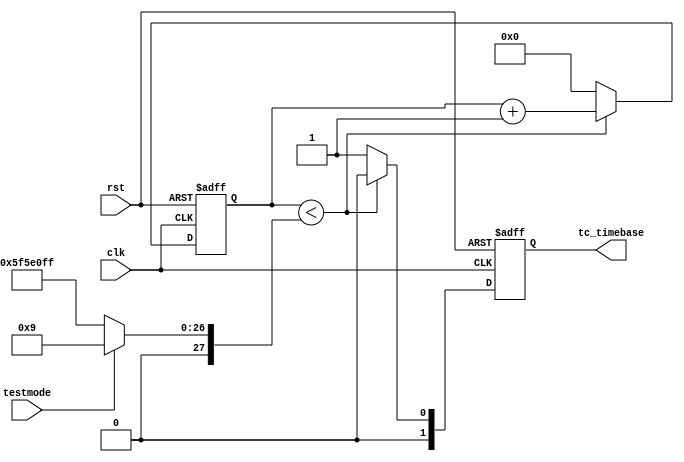


module clk_e(tc_timebase,testmode,rst,clk);
input clk,rst,testmode;
output reg[1:0] tc_timebase;

reg[27:0] data,q_tc;

always @(testmode)
begin
     if (testmode == 1'b0) 
	    data <= 28'h5f5e0ff;   // 99999999 in decimal, cuz the clock is up to 100MHz
	 else 
	    data <= 28'h0000009;
end

always @(posedge clk or posedge rst)
begin
     if (rst == 1'b1)
     	begin
	    q_tc <= 28'h0000000;
	    tc_timebase <= 1'b0;
		end
	 else
	    begin
	     if(q_tc < data) 
		    begin
		    q_tc <= q_tc +1;
			tc_timebase <= 1'b0; 
			end
		 else 
		     begin
		     q_tc <= 28'h0000000;
			 tc_timebase <= 1'b1;
			 end
		end
end
endmodule